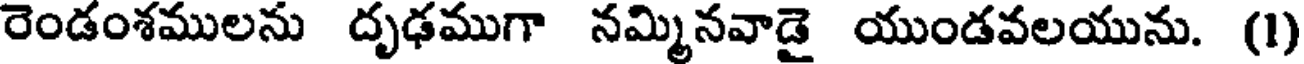
రెండంశములను దృఢముగా నమ్మినవాడై యుండవలయును. (1)